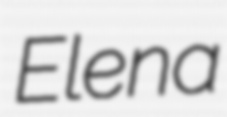
Elena